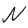
Character: N